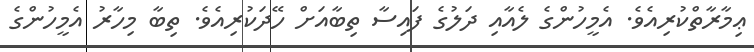
ޢިމާރާތްކުރިއެވެ. އެމީހުންގެ ލެއާއި ދަލުގެ ފައިސާ ތިބާއަށް ހޭދަކުރިއެވެ. ތިބާ މިހާރު އެމީހުންގެ